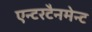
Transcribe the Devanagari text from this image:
एन्टरटैनमेन्ट